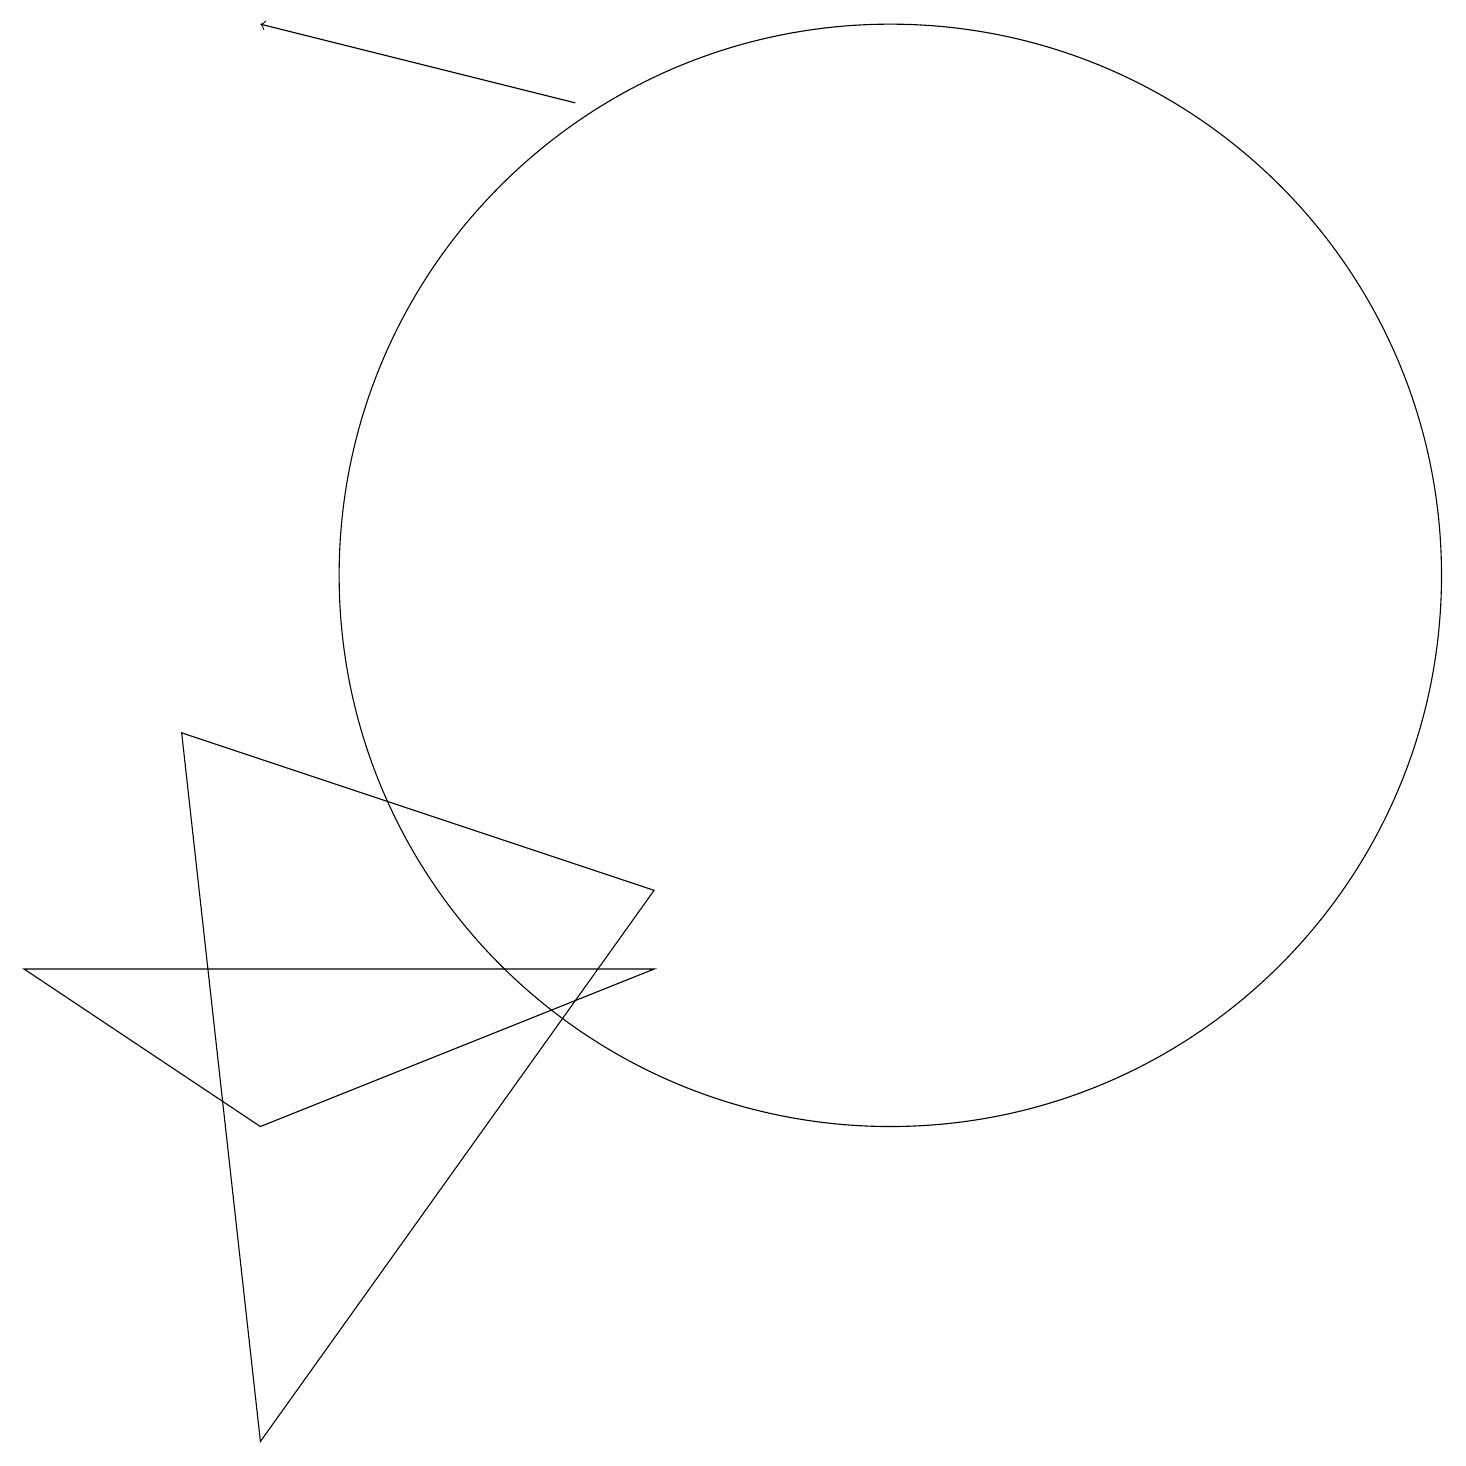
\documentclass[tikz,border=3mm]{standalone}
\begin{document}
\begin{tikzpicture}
\draw (3,4) -- (8,6) -- (0,6) -- cycle;
\draw (10,11) circle (0);
\draw[->] (7,17) -- (3,18);
\draw (11,11) circle (7);
\draw (8,7) -- (2,9) -- (3,0) -- cycle;
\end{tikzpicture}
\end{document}